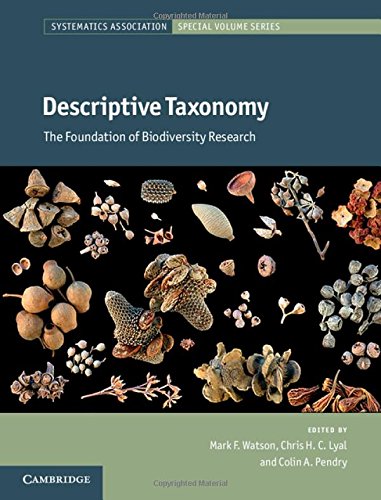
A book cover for Descriptive Taxonomy: The Foundation of Biodiversity Research (Systematics Association Special Volume Series); Science & Math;